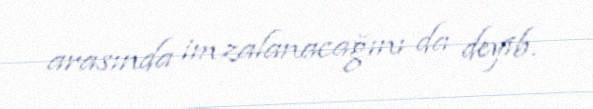
arasında imzalanacağını da deyib.